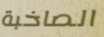
الصاخبة